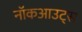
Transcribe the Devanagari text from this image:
नॉकआउट्स